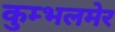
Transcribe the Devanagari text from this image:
कुम्भलमेर